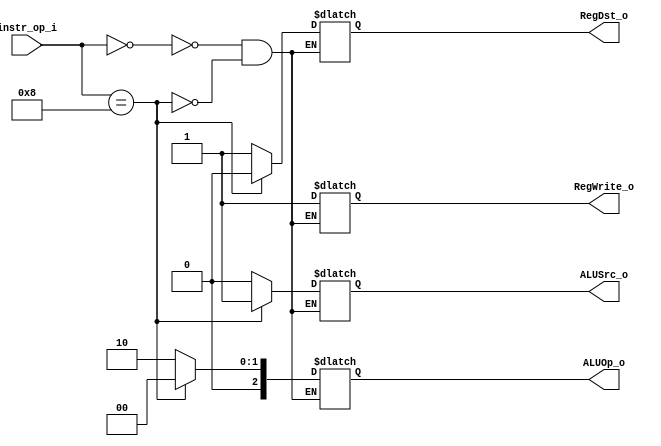
module Decoder( instr_op_i, RegWrite_o,	ALUOp_o, ALUSrc_o, RegDst_o );
     
//I/O ports
input	[6-1:0] instr_op_i;

output	reg	RegWrite_o;
output	reg [3-1:0] ALUOp_o;
output	reg	ALUSrc_o;
output	reg	RegDst_o;
/*
output		RegWrite_o;
output	 [3-1:0] ALUOp_o;
output		ALUSrc_o;
output		RegDst_o;

//Internal Signals

wire	[3-1:0] ALUOp_o;
wire			ALUSrc_o;
wire			RegWrite_o;
wire			RegDst_o;
*/


//Main function
/*your code here*/
always @(instr_op_i) begin
    case(instr_op_i)
        6'b000000: begin
            RegWrite_o = 1'b1;
            ALUOp_o = 3'b010;
            ALUSrc_o = 1'b0;
            RegDst_o = 1'b1;
        end
        6'b001000: begin
            RegWrite_o = 1'b1;
            ALUOp_o = 3'b000;
            ALUSrc_o = 1'b1;
            RegDst_o = 1'b0;    
        end
    endcase
end
endmodule